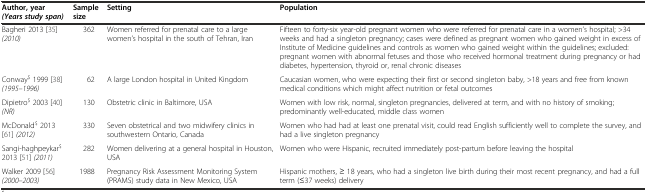
<table><thead><tr><td><b>Author, year<i>(Years study span)</i></b></td><td><b>Sample size</b></td><td><b>Setting</b></td><td><b>Population</b></td></tr></thead><tbody><tr><td>Bagheri 2013 [35] <i>(2010)</i></td><td>362</td><td>Women referred for prenatal care to a large women’s hospital in the south of Tehran, Iran</td><td>Fifteen to forty-six year-old pregnant women who were referred for prenatal care in a women’s hospital; &gt;34 weeks and had a singleton pregnancy; cases were defined as pregnant women who gained weight in excess of Institute of Medicine guidelines and controls as women who gained weight within the guidelines; excluded: pregnant women with abnormal fetuses and those who received hormonal treatment during pregnancy or had diabetes, hypertension, thyroid or, renal chronic diseases</td></tr><tr><td>Conway<sup>$</sup> 1999 [38] <i>(1995–1996)</i></td><td>62</td><td>A large London hospital in United Kingdom</td><td>Caucasian women, who were expecting their first or second singleton baby, &gt;18 years and free from known medical conditions which might affect nutrition or fetal outcomes</td></tr><tr><td>Dipietro<sup>$</sup> 2003 [40] <i>(NR)</i></td><td>130</td><td>Obstetric clinic in Baltimore, USA</td><td>Women with low risk, normal, singleton pregnancies, delivered at term, and with no history of smoking; predominantly well-educated, middle class women</td></tr><tr><td>McDonald<sup>$</sup> 2013 [61] <i>(2012)</i></td><td>330</td><td>Seven obstetrical and two midwifery clinics in southwestern Ontario, Canada</td><td>Women who had had at least one prenatal visit, could read English sufficiently well to complete the survey, and had a live singleton pregnancy</td></tr><tr><td>Sangi-haghpeykar<sup>$</sup> 2013 [51] <i>(2011)</i></td><td>282</td><td>Women delivering at a general hospital in Houston, USA</td><td>Women who were Hispanic, recruited immediately post-partum before leaving the hospital</td></tr><tr><td>Walker 2009 [56] <i>(2000–2003)</i></td><td>1988</td><td>Pregnancy Risk Assessment Monitoring System (PRAMS) study data in New Mexico, USA</td><td>Hispanic mothers, ≥ 18 years, who had a singleton live birth during their most recent pregnancy, and had a full term (≤37 weeks) delivery</td></tr></tbody></table>